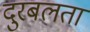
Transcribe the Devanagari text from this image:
दुरबलता